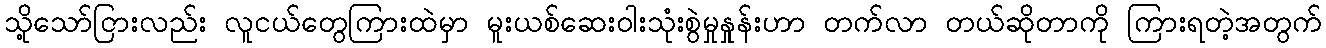
သို့သော်ငြားလည်း လူငယ်တွေကြားထဲမှာ မူးယစ်ဆေးဝါးသုံးစွဲမှုနှုန်းဟာ တက်လာ တယ်ဆိုတာကို ကြားရတဲ့အတွက်